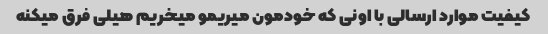
کیفیت موارد ارسالی با اونی که خودمون میریمو میخریم هیلی فرق میکنه